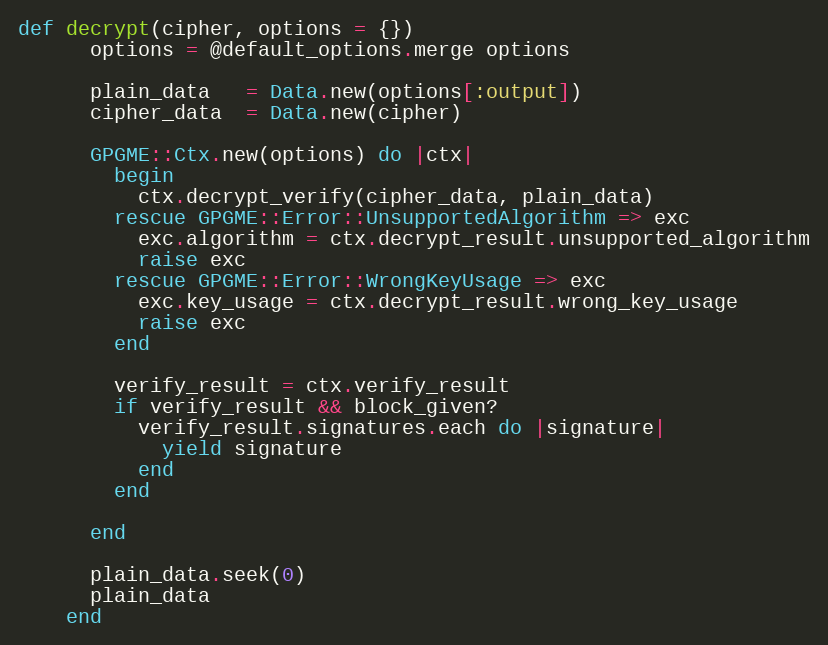
Language: Ruby
def decrypt(cipher, options = {})
      options = @default_options.merge options

      plain_data   = Data.new(options[:output])
      cipher_data  = Data.new(cipher)

      GPGME::Ctx.new(options) do |ctx|
        begin
          ctx.decrypt_verify(cipher_data, plain_data)
        rescue GPGME::Error::UnsupportedAlgorithm => exc
          exc.algorithm = ctx.decrypt_result.unsupported_algorithm
          raise exc
        rescue GPGME::Error::WrongKeyUsage => exc
          exc.key_usage = ctx.decrypt_result.wrong_key_usage
          raise exc
        end

        verify_result = ctx.verify_result
        if verify_result && block_given?
          verify_result.signatures.each do |signature|
            yield signature
          end
        end

      end

      plain_data.seek(0)
      plain_data
    end